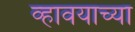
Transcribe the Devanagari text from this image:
व्हावयाच्या